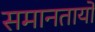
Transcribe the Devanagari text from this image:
समानतायो